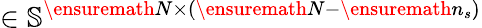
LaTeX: \in\mathbb{S}^{\ensuremath{N}\times(\ensuremath{N}-\ensuremath{n_{s}})}